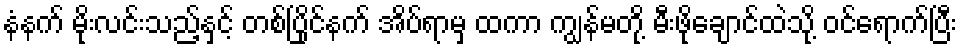
နံနက် မိုးလင်းသည့်နှင့် တစ်ပြိုင်နက် အိပ်ရာမှ ထကာ ကျွန်မတို့ မီးဖိုချောင်ထဲသို့ ဝင်ရောက်ပြီး